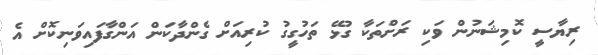
ރިޔާސީ ކޮމިޝަނުން ވަކި ރަށްތަކާ ގުޅޭ ތަހުގީގު ކުރިއަށް ގެންދާކަން އަންގާފައިވަނިކޮށް އެ